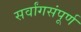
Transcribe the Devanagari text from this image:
सर्वांगसंपूर्ण